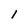
Character: 1